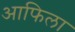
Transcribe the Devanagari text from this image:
आफिला